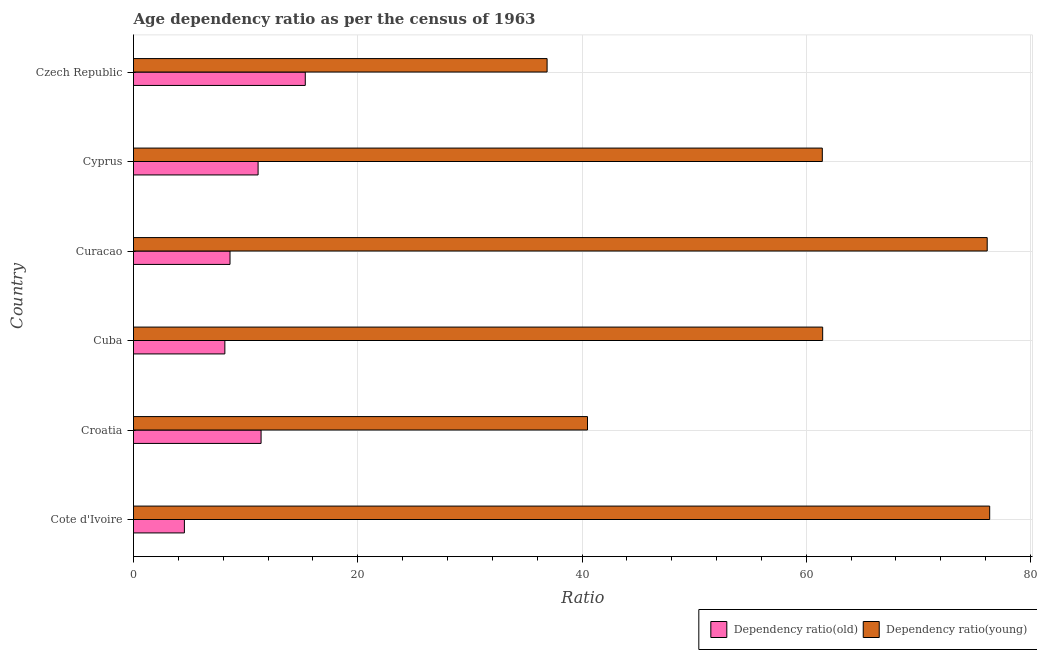
| Country | Dependency ratio(old) | Dependency ratio(young) |
 | --- | --- | --- |
 | Cote d'Ivoire | 4.54 | 76.4 |
 | Croatia | 11.4 | 40.5 |
 | Cuba | 8.15 | 61.5 |
 | Curacao | 8.61 | 76.1 |
 | Cyprus | 11.1 | 61.4 |
 | Czech Republic | 15.3 | 36.9 |